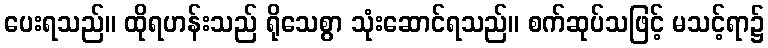
ပေးရသည်။ ထိုရဟန်းသည် ရိုသေစွာ သုံးဆောင်ရသည်။ စက်ဆုပ်သဖြင့် မသင့်ရာ၌